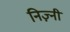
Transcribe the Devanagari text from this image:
निज़्नी